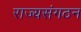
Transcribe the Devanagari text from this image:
राज्यसंगठन